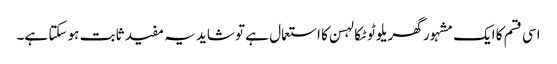
اسی قسم کا ایک مشہور گھریلو ٹوٹکا لہسن کا استعمال ہے تو شاید یہ مفید ثابت ہو سکتا ہے۔